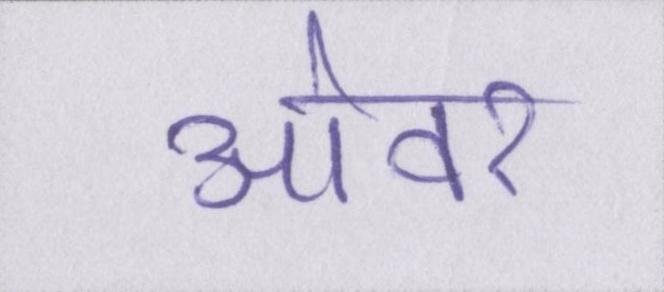
ओवर